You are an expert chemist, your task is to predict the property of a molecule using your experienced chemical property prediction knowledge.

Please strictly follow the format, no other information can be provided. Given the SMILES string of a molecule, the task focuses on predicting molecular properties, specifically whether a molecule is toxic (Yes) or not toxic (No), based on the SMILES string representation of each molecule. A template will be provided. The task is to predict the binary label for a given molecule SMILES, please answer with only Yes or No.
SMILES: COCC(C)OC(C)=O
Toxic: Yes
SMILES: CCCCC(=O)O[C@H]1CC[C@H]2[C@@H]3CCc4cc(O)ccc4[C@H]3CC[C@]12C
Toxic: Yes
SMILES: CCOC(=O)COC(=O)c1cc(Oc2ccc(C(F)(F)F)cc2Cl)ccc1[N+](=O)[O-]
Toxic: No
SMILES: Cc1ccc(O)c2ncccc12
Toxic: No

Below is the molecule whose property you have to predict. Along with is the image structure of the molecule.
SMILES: CCCCCc1cccc(=O)o1
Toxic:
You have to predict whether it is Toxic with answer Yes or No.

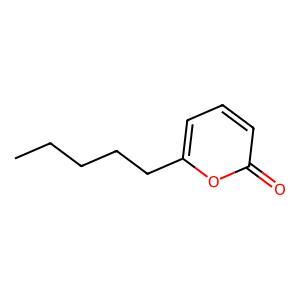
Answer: No